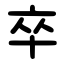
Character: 卒